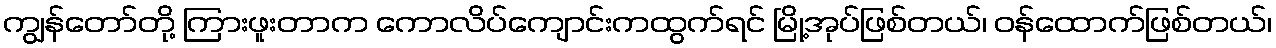
ကျွန်တော်တို့ ကြားဖူးတာက ကောလိပ်ကျောင်းကထွက်ရင် မြို့အုပ်ဖြစ်တယ်၊ ဝန်ထောက်ဖြစ်တယ်၊